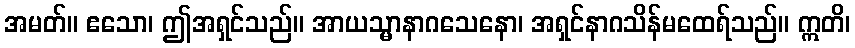
အမတ်။ ဧသော၊ ဤအရှင်သည်။ အာယသ္မာနာဂသေနော၊ အရှင်နာဂသိန်မထေရ်သည်။ ဣတိ၊